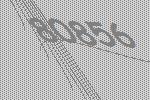
80856